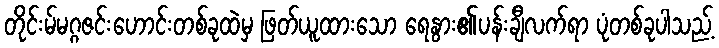
တိုင်းမ်မဂ္ဂဇင်းဟောင်းတစ်ခုထဲမှ ဖြတ်ယူထားသော ရေနွား၏ပန်းချီလက်ရာ ပုံတစ်ခုပါသည့်